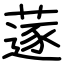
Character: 蓫